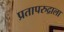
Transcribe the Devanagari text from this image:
प्रतापरुद्राला